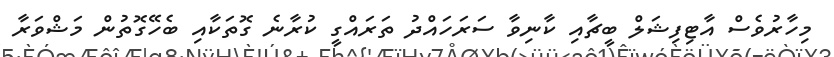
މިހާރުވެސް އާޓިފިޝަލް ބީޗާއި ކާނިވާ ސަރަހައްދު ތަރައްގީ ކުރާނެ ގޮތަކާއި ބެހޭގޮތުން މަޝްވަރާ